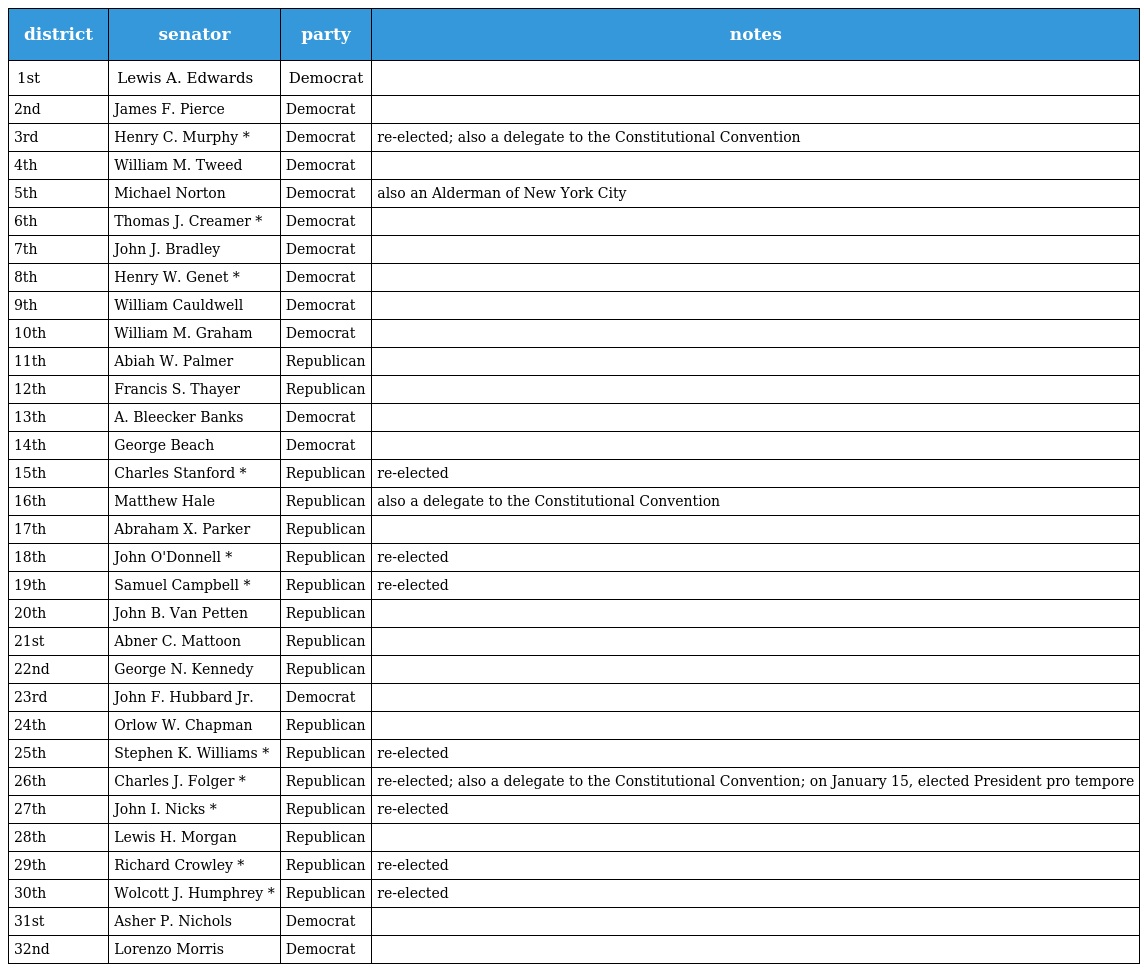
| district | senator | party | notes |
 | --- | --- | --- | --- |
 | 1st | Lewis A. Edwards | Democrat |  |
 | 2nd | James F. Pierce | Democrat |  |
 | 3rd | Henry C. Murphy * | Democrat | re-elected; also a delegate to the Constitutional Convention |
 | 4th | William M. Tweed | Democrat |  |
 | 5th | Michael Norton | Democrat | also an Alderman of New York City |
 | 6th | Thomas J. Creamer * | Democrat |  |
 | 7th | John J. Bradley | Democrat |  |
 | 8th | Henry W. Genet * | Democrat |  |
 | 9th | William Cauldwell | Democrat |  |
 | 10th | William M. Graham | Democrat |  |
 | 11th | Abiah W. Palmer | Republican |  |
 | 12th | Francis S. Thayer | Republican |  |
 | 13th | A. Bleecker Banks | Democrat |  |
 | 14th | George Beach | Democrat |  |
 | 15th | Charles Stanford * | Republican | re-elected |
 | 16th | Matthew Hale | Republican | also a delegate to the Constitutional Convention |
 | 17th | Abraham X. Parker | Republican |  |
 | 18th | John O'Donnell * | Republican | re-elected |
 | 19th | Samuel Campbell * | Republican | re-elected |
 | 20th | John B. Van Petten | Republican |  |
 | 21st | Abner C. Mattoon | Republican |  |
 | 22nd | George N. Kennedy | Republican |  |
 | 23rd | John F. Hubbard Jr. | Democrat |  |
 | 24th | Orlow W. Chapman | Republican |  |
 | 25th | Stephen K. Williams * | Republican | re-elected |
 | 26th | Charles J. Folger * | Republican | re-elected; also a delegate to the Constitutional Convention; on January 15, elected President pro tempore |
 | 27th | John I. Nicks * | Republican | re-elected |
 | 28th | Lewis H. Morgan | Republican |  |
 | 29th | Richard Crowley * | Republican | re-elected |
 | 30th | Wolcott J. Humphrey * | Republican | re-elected |
 | 31st | Asher P. Nichols | Democrat |  |
 | 32nd | Lorenzo Morris | Democrat |  |